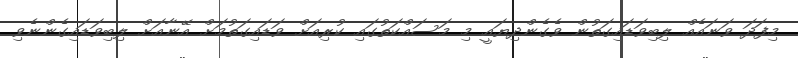
މިފަދަ ވަނައެއް ލިބިވަޑައިގަތުން ވެގެންދިޔައީ މި މަސައްކަތުގައި ކުރިއަށް ވަޑައިގަތުމަށް އޭނާއަށް ލިބިވަޑައިގެންނެވި